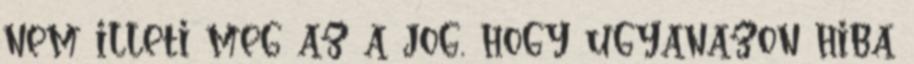
nem illeti meg az a jog, hogy ugyanazon hiba